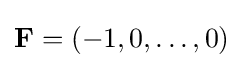
\mathbf {F} =(-1,0,\ldots ,0)